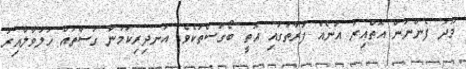
މޫދު ފެންނަން އޮތްއިރު އަނެއް ފަރާތުގައި އޮތީ ބޯގަސްތަކެވެ. އަނދިރިކަމުން ގަސްތައް ހަލުވާލާއިރު